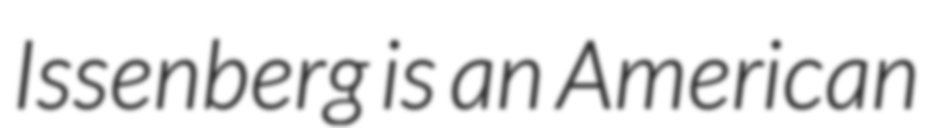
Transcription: Issenberg is an American